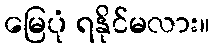
မြေပုံ ရနိုင်မလား။